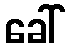
ခေါ်